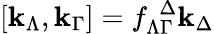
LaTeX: [\mathbf{k}_{\Lambda},\mathbf{k}_{\Gamma}]=f_{\Lambda\Gamma}^{\ \ \Delta}\mathbf{k}_{\Delta}